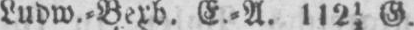
Ludw.⸗Berb. E.⸗A. 11212 G.